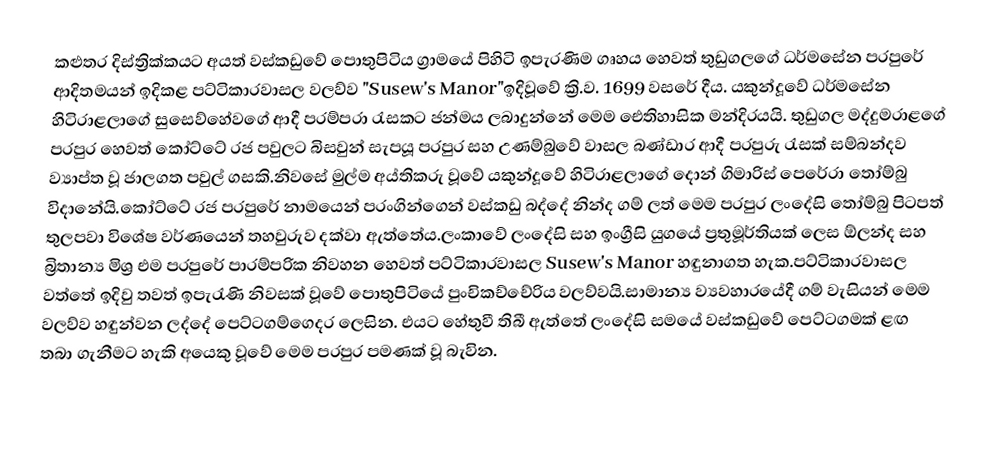
කළුතර දිස්ත්‍රික්කයට අයත් වස්කඩුවේ පොතුපිටිය ග්‍රාමයේ පිහිටි ඉපැරණිම ගෘහය හෙවත් තුඩුගලගේ ධර්මසේන පරපුරේ ආදිතමයන් ඉදිකළ පට්ටිකාරවාසල වලව්ව "Susew's Manor"ඉදිවූවේ ක්‍රි.ව. 1699 වසරේ දීය. යකුන්දූවේ ධර්මසේන හිටිරාළලාගේ සුසෙව්හේවගේ ආදී පරම්පරා රැසකට ජන්මය ලබාදුන්නේ මෙම ඓතිහාසික මන්දිරයයි. තුඩුගල මද්දුමරාළගේ පරපුර හෙවත් කෝට්ටේ රජ පවුලට බිසවුන් සැපයූ පරපුර සහ උණම්බුවේ වාසල බණ්ඩාර ආදී පරපුරු රැසක් සම්බන්දව ව්‍යාප්ත වූ ජාලගත පවුල් ගසකි.නිවසේ මුල්ම අය්තිකරු වූවේ යකුන්දූවේ හිටිරාළලාගේ දොන් ගිමාරිස් පෙරේරා තෝම්බු විදානේයි.කෝට්ටේ රජ පරපුරේ නාමයෙන් පරංගින්ගෙන් වස්කඩු බද්දේ නින්ද ගම් ලත් මෙම පරපුර ලංදේසි තෝම්බු පිටපත් තුලපවා විශේෂ වර්ණයෙන් තහවුරුව දක්වා ඇත්තේය.ලංකාවේ ලංදේසි සහ ඉංග්‍රීසි යුගයේ ප්‍රතුමූර්තියක් ලෙස ඕලන්ද සහ බ්‍රිතාන්‍ය මිශ්‍ර එම පරපුරේ පාරම්පරික නිවහන හෙවත් පට්ටිකාරවාසල Susew's Manor හඳුනාගත හැක.පට්ටිකාරවාසල වත්තේ ඉදිවු තවත් ඉපැරැණි නිවසක් වූවේ පොතුපිටියේ පුංචිකච්චේරිය වලව්වයි.සාමාන්‍ය ව්‍යවහාරයේදී ගම් වැසියන් මෙම වලව්ව හඳුන්වන ලද්දේ පෙට්ටගම්ගෙදර ලෙසින. එයට හේතුවී තිබී ඇත්තේ ලංදේසි සමයේ වස්කඩුවේ පෙට්ටගමක් ළඟ තබා ගැනීමට හැකි අයෙකු වූවේ මෙම පරපුර පමණක් වූ බැවින.